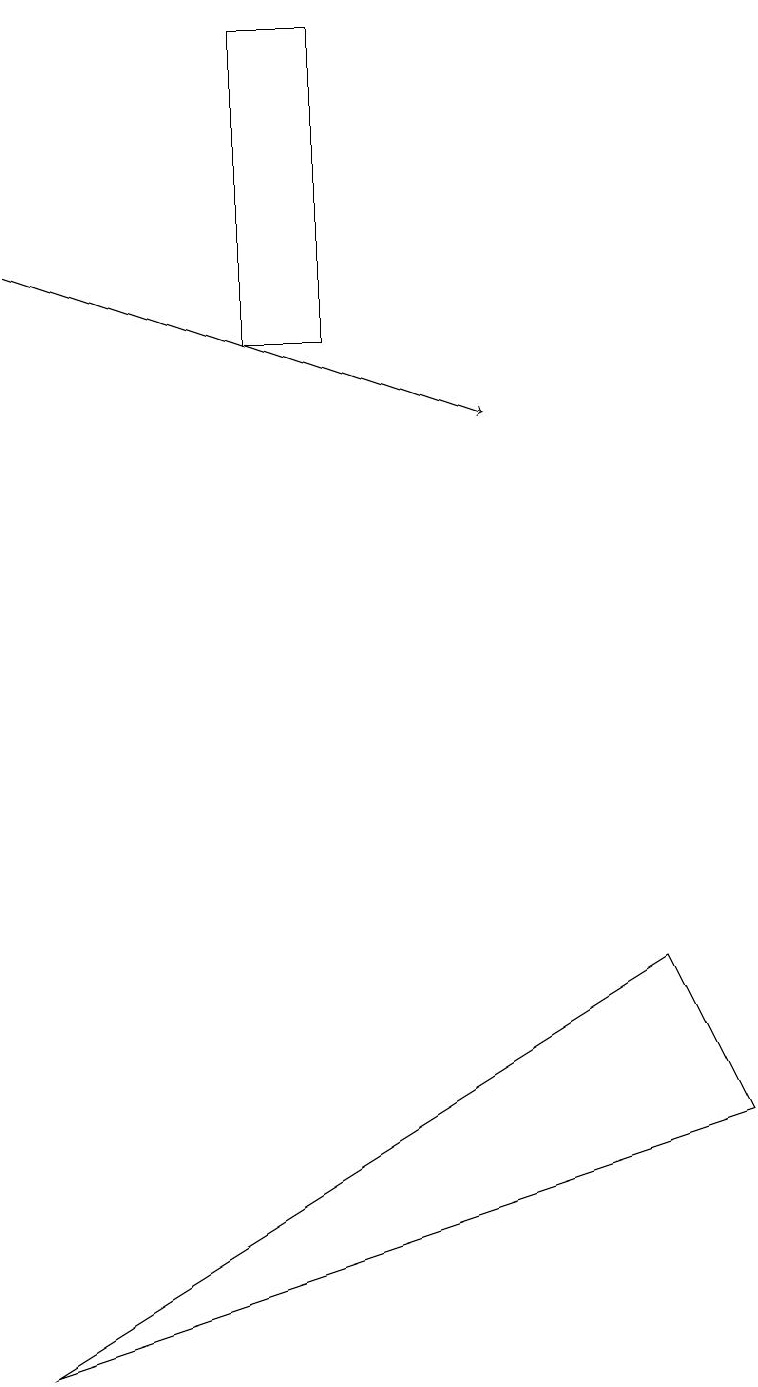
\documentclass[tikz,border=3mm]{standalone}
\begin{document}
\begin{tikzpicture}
\draw (3,18) rectangle (4,14);
\draw (0,1) -- (8,6) -- (9,4) -- cycle;
\draw[->] (0,15) -- (6,13);
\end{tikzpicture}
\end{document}